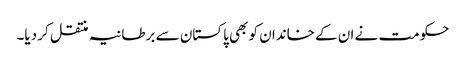
حکومت نے ان کے خاندان کو بھی پاکستان سے برطانیہ منتقل کر دیا۔